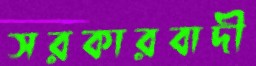
সরকারবাদী